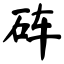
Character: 砗